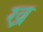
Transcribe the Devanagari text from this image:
ख्र